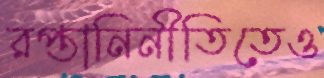
রপ্তানিনীতিতেও